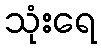
သုံးရေ